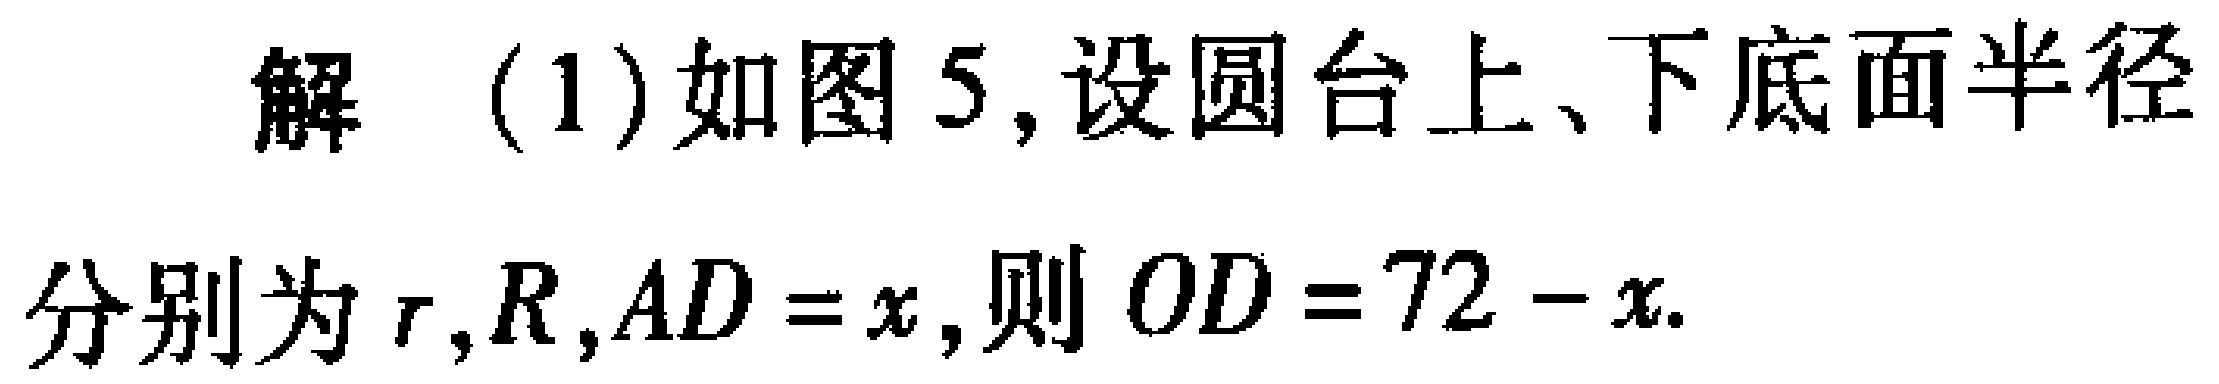
解（1）如图5,设圆台上、下底面半径分别为\(r,R,AD = x\),则\(OD = 72 - x\).